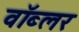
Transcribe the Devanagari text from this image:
वॉब्लर